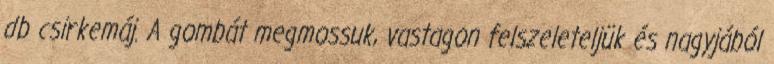
db csirkemáj. A gombát megmossuk, vastagon felszeleteljük és nagyjából